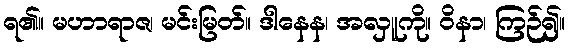
ရ၏။ မဟာရာဇ၊ မင်းမြတ်။ ဒါနေန၊ အလှူကို။ ဝိနာ၊ ကြဉ်၍။